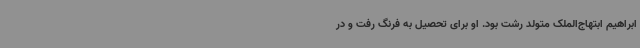
ابراهیم ابتهاج‌الملک متولد رشت بود. او برای تحصیل به فرنگ رفت و در